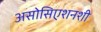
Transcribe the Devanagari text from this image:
असोसिएशनशी